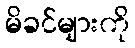
မိခင်များကို